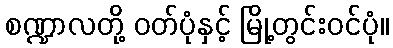
စဏ္ဍာလတို့ ဝတ်ပုံနှင့် မြို့တွင်းဝင်ပုံ။